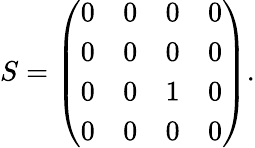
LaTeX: \begin{array}{r}{S=\left(\begin{array}{llll}{0}&{0}&{0}&{0}\\ {0}&{0}&{0}&{0}\\ {0}&{0}&{1}&{0}\\ {0}&{0}&{0}&{0}\end{array}\right).}\end{array}